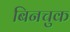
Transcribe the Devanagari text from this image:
बिनचुक